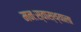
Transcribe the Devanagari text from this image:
मनःस्वास्थ्याला